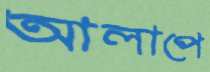
আলাপে